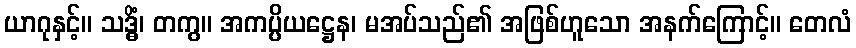
ယာဂုနှင့်။ သဒ္ဓိံ၊ တကွ။ အကပ္ပိယဋ္ဌေန၊ မအပ်သည်၏ အဖြစ်ဟူသော အနက်ကြောင့်။ တေလံ